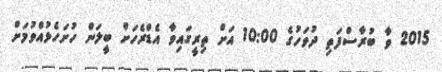
2015 ވާ ބުރާސްފަތި ދުވަހުގެ 10:00 އަށް ތިރީގައިވާ އެޑްރެހަށް ބީލަން ހުށަހެޅުއްވުމަށް